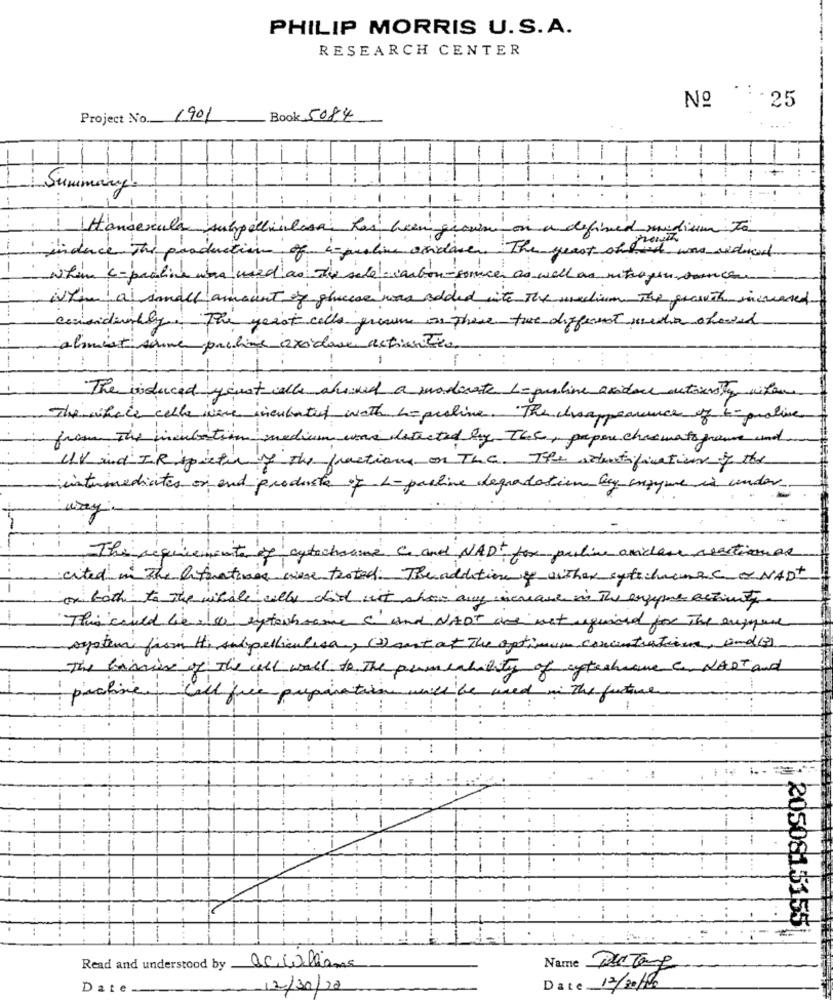
PHILIP MORRIS U.S.A.
RESEARCH CENTER
Nº 25
Project No. 1901
Book 5084
1
T
Summary
-
1
ula
a defined medium to
subpollinlosa has beengrow
1
of i-muslim andare . The quest andit was reduced
ed as The sale carton-sonice as well as nitrogen venceu
plusse was solded with the medium. The growth increased
considerably
Tai
yeast cells presume os phere the different media showed
almisti
pauline oxidore actiontica
1
: .
The induced yeast calls aloud a moderate 1-purline avidace actionsty nifen
The whole cell where incubated with hepraline. The choappearance of t-proline
from the incubation medium was detected by TCC, papere chasmats freue und
UV and IR pieter y the fractions on The. The identification of the
-intermediates or and products of L-pauline degradation by enzyme is under
way
--
The requirements of cytochsame C and NAD+ for purline anicare reactiemas
cited in the arteratives were tested: The addition of wither sytechumec NAD+
or both to the whale willy dad ist show any iscrease in The enzyme activity
-
This could be , la extenh same c'and NAOT are not required for The euppene
system from H, Andpelliculesa, ()out at The optimum concentration, and (3)
The barrier of The well well to The primeability of cyteshave c NADT and
profisen
Call five preparation will be used in the future
:
-
-
!
...
--
205081 5155
Read and understood by ac Williams
Name PoleTane
Date __
12/30/20
Date 12/20/100